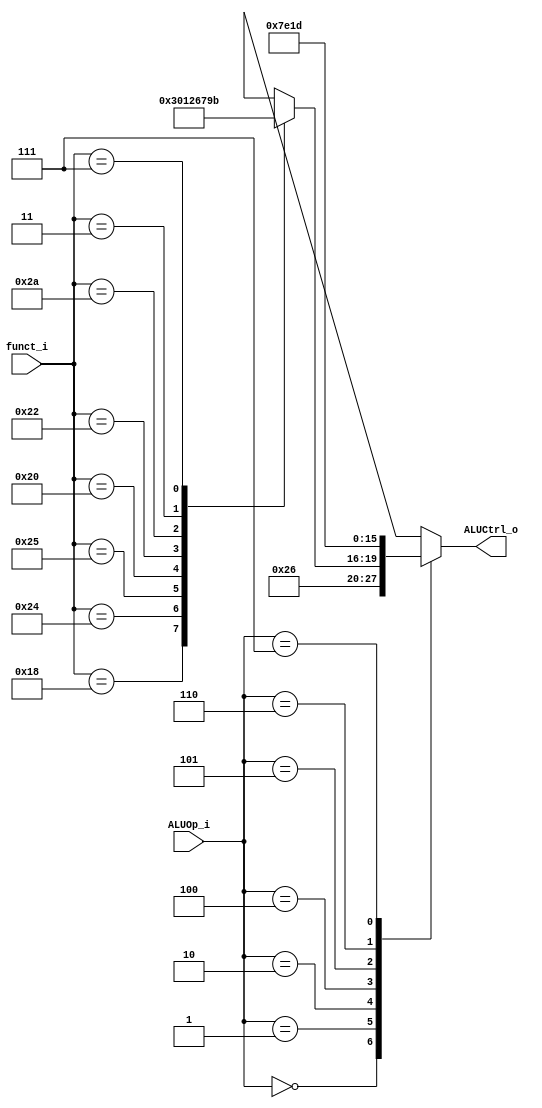
//Subject:     CO project 2 - ALU Controller
//--------------------------------------------------------------------------------
//Version:     1
//--------------------------------------------------------------------------------
//Writer:      
//----------------------------------------------
//Date:        
//----------------------------------------------
//Description: 
//--------------------------------------------------------------------------------
//0316044_0316225
module ALU_Ctrl(
          funct_i,
          ALUOp_i,
          ALUCtrl_o
          );
          
//I/O ports 
input      [6-1:0] funct_i;
input      [3-1:0] ALUOp_i;

output     [4-1:0] ALUCtrl_o;    
     
//Internal Signals
reg        [4-1:0] ALUCtrl_o;

//Parameter

       
//Select exact operation
always @ (*) begin
  case (ALUOp_i)
	 3'd0: ALUCtrl_o = 4'd2; //add :for addi
    3'd1: ALUCtrl_o = 4'd6; //sub :for beq
    3'd2:
      case (funct_i)//R-type
			 6'd24: ALUCtrl_o = 4'd3;//Mul 
			 6'd36: ALUCtrl_o = 4'd0; //R-type AND
			 6'd37: ALUCtrl_o = 4'd1; //R-type OR
          6'd32: ALUCtrl_o = 4'd2; //R-type Add
          6'd34: ALUCtrl_o = 4'd6; //R-type Subtract
          6'd42: ALUCtrl_o = 4'd7; //R-type slt
          6'd3: ALUCtrl_o = 4'd9; // SRA ??
          6'd7: ALUCtrl_o = 4'd11; // SRA V ??
          default:   ALUCtrl_o = 4'bxxxx;
      endcase
			//3'd3: ALUCtrl_o = 4'd8; //BNE ?
    3'd4: ALUCtrl_o = 4'd7;	//slti
	 3'd5: ALUCtrl_o = 4'd14;	//lui 
    3'd6: ALUCtrl_o = 4'd1;	//ori
	 3'd7:	ALUCtrl_o <= 4'd13;//slti u
    default: ALUCtrl_o = 4'bxxxx;
  endcase
end

endmodule